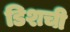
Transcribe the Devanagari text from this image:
डिशची